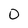
Character: 0